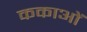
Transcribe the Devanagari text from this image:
ककाओं